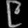
Digit: ၉